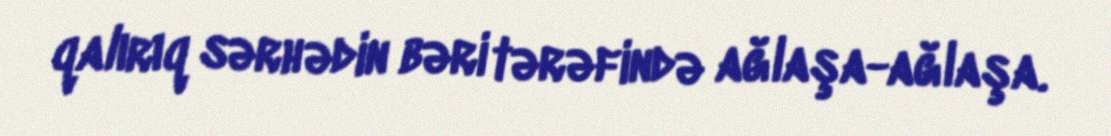
qalırıq sərhədin bəri tərəfində ağlaşa-ağlaşa.